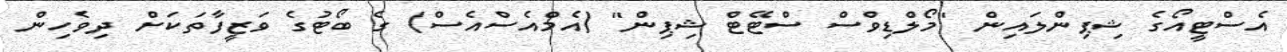
އެސްޓީއޯގެ ޝިޕިންލައިން "މޯލްޑިވްސް ސްޓޭޓް ޝިޕިން" (އެމްއެސްއެސް) ގެ ބޯޓުގެ ވަޒީފާތަކަށް ދިވެހިން